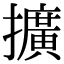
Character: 擴